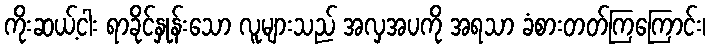
ကိုးဆယ့်ငါး ရာခိုင်နှုန်းသော လူများသည် အလှအပကို အရသာ ခံစားတတ်ကြကြောင်း၊